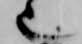
也